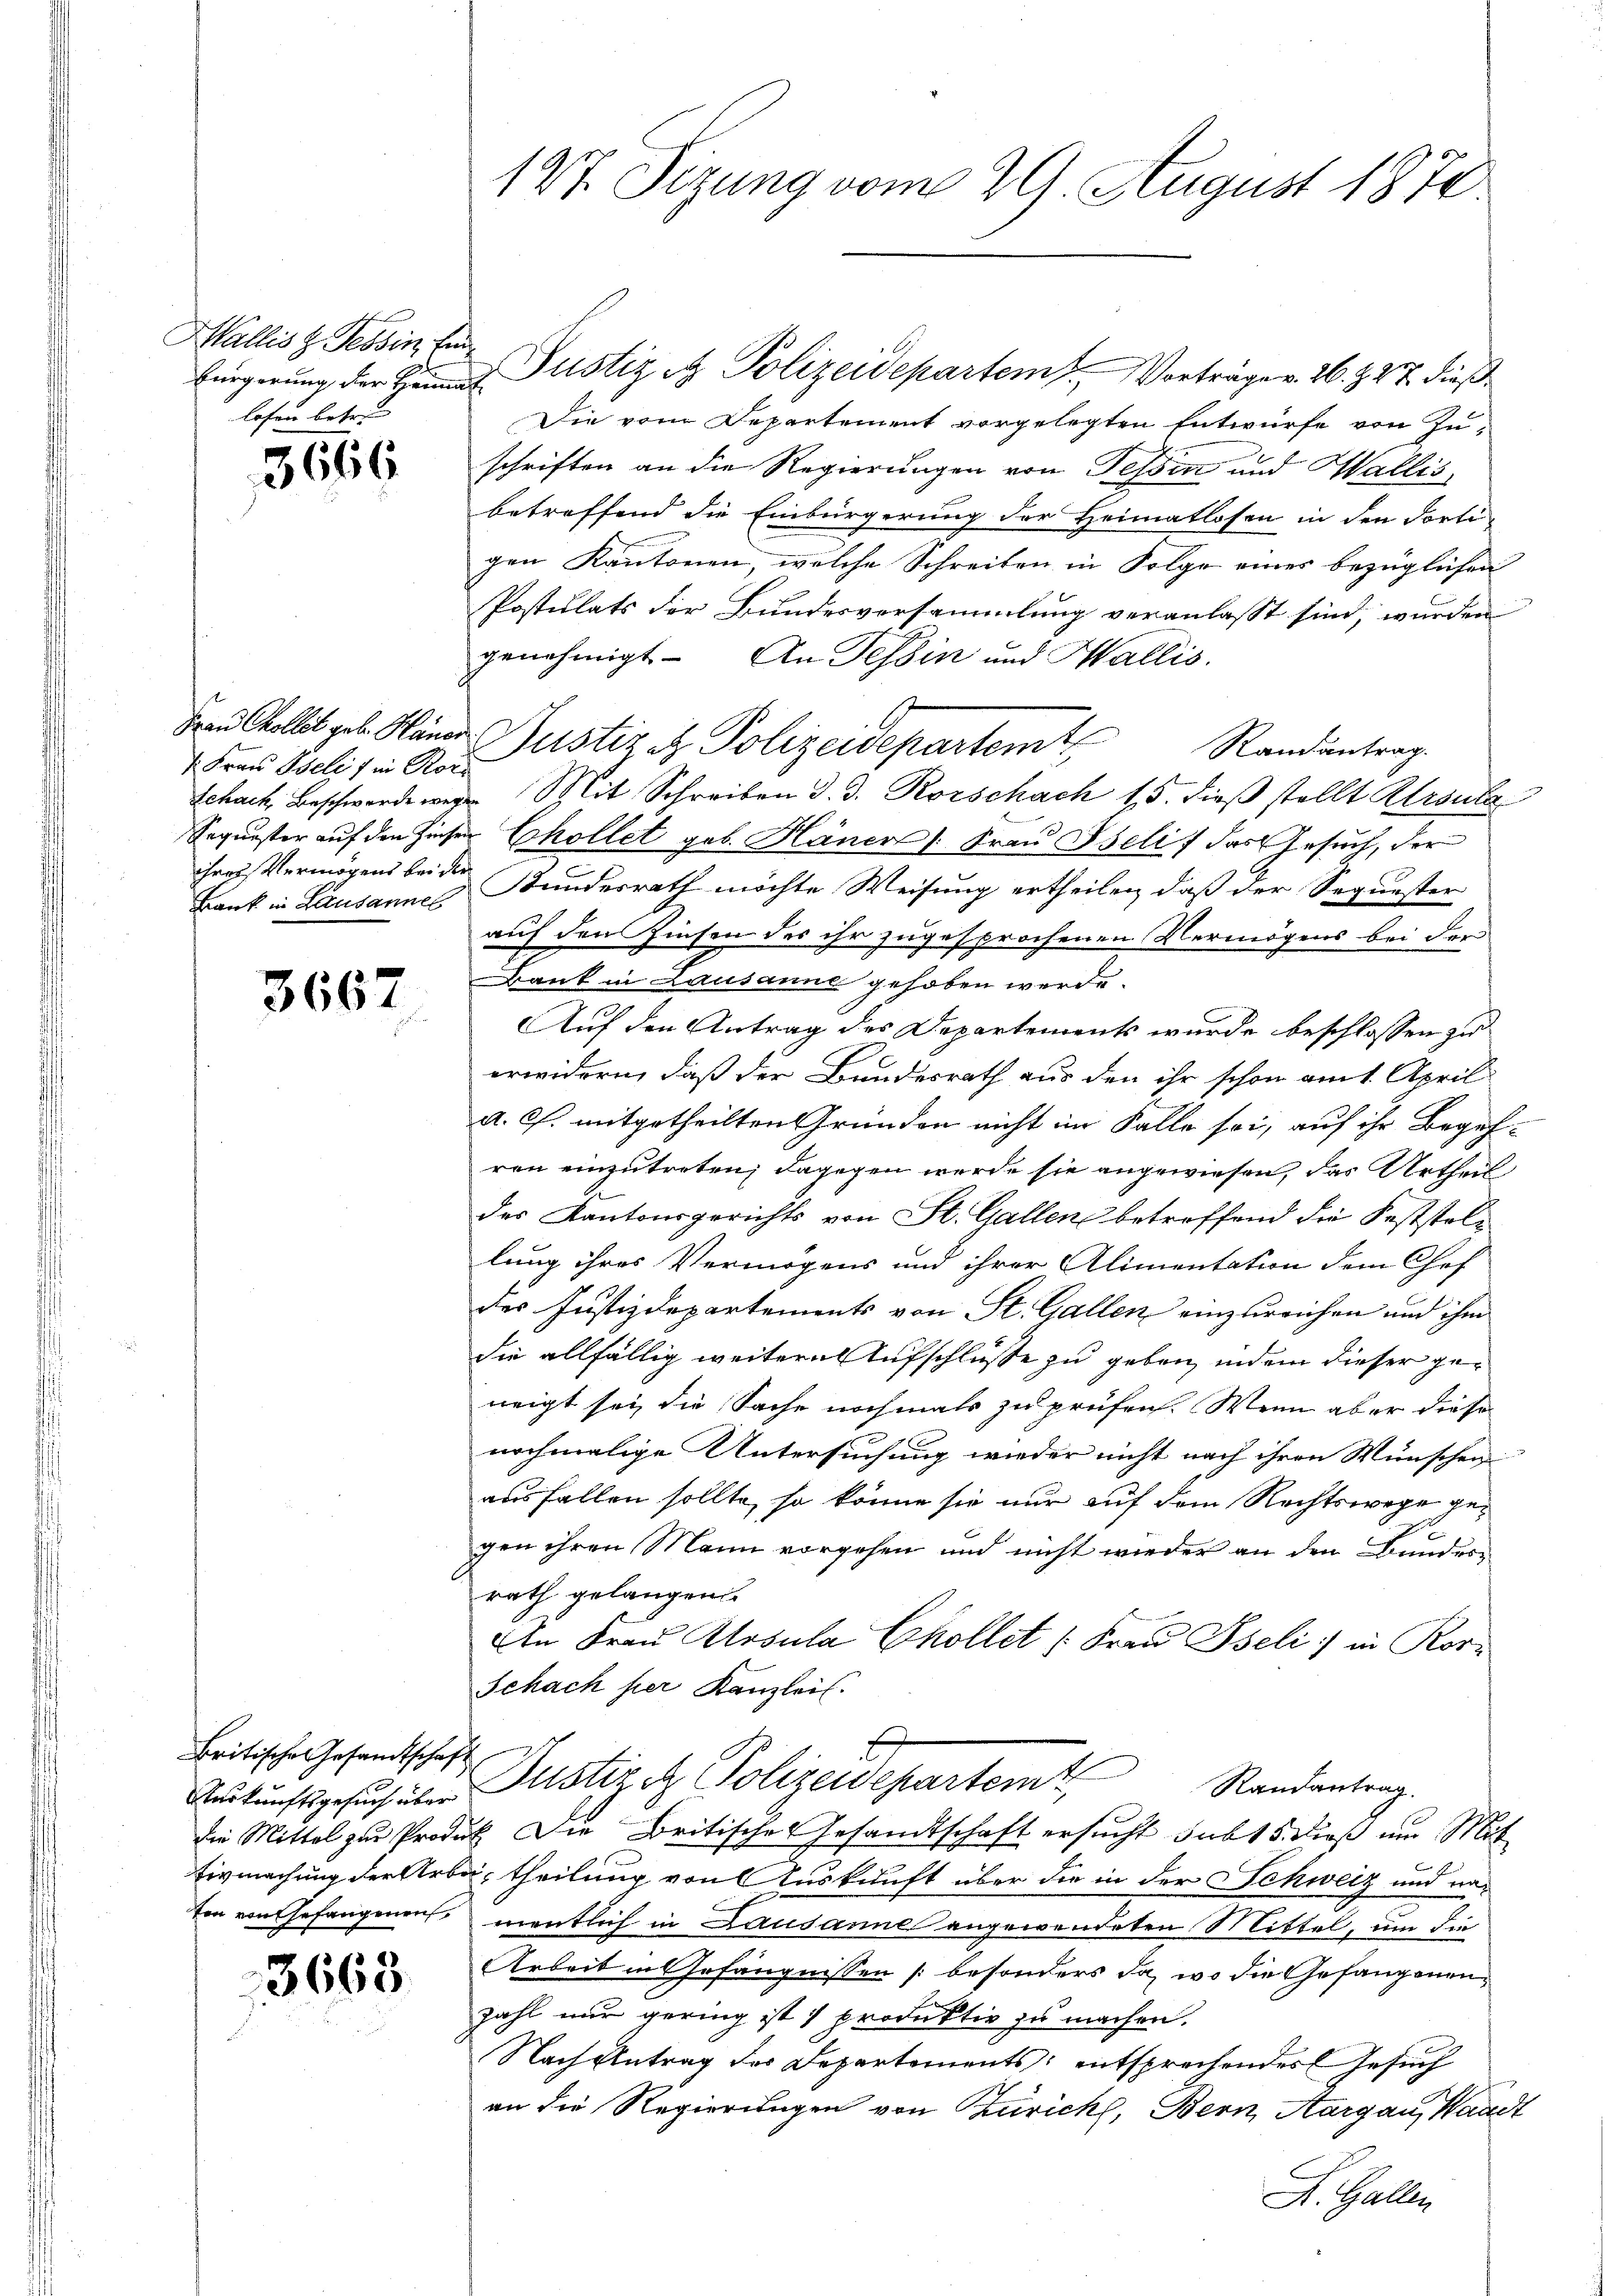
Wallis z. Tessin, Ein
losen betre

3666

1. Frau Iselis in Rorihres Vermögens bei der
Bank in Lausannes

3667

Britische Gesandtschaft
ton von Gefangenen

3663.

127. Sizung vom 29. August 1874.

bürgerung der Herrn Justiz & Polizeidepartem Vorträger 26. 227. dieß¬
Die vom Departement vorgelegten Entwurfe von Zu-
schriften an die Regierungen von Tessin und Wallis,
betreffend die Einbürgerung der Heimatlosen in den Forti-
gen Kantonen, welche Schreiben in Folge eines bezüglichen
Postulats der Bundesversammlung veranlasst sind, wurden
genehmigt. An Tessin und Wallis.
Schach Beschwerde wegen Mit Schreiben d. 3. Rorschach 15. dieβ stellt Ursula
Sequester auf den Zinser Chollet geb. Häner Frau Iseli, das Gesuch, der
Bundesrath möchte Weisung ertheilen, daß der Sequester
auf den Zinsen des ihr zugesprochenen Vermögens bei der
Bank in Lausanne gehoben werde.
uf den Antrag des Departements wurde beschlossen zu
erwidern, daß der Bundesrath aus den ihr schon am 1. April
a. c. mitgetheilten Gründen nicht im Falle sei, auf ihr Begehren einzutreten; dagegen werde sie angewiesen, das Urtheil
der Kantonsgerichts von St. Gallen betreffend die Feststoli
lung ihres Vermögens und ihrer Alimentation dem Chef
des Justizdepartements von St. Gallen einzureichen und ihm
die allfällig weitere Aufschlüsse zu geben, indem dieser geneigt sei, die Sache nochmals zu prüfen. Wenn aber diese
nochmalige Untersuchung wieder nicht nach ihren Wünschen
ausfallen sollte, so könne sie nur auf dem Rechtswege gegen ihren Mann vorgehen und nicht wieder an den Bundesrath gelangen.
An Frau Ursula Chollet /: Frau Iseli in Ror¬
Schach per Kanzlei.
Auskunftsgesŭch über Justizit Polizeidepartem Randantrag.
die Mittel zur Produk Die Britische Gesandtschaft ersucht sub 15. dieß um Mit¬
Eigmachung der Arbei, theilung von Auskunft über die in der Schweiz und namentlich in Lausanne angewendeten Mittel, um die
Arbeit in Gefängnissen besonders da, wo die Gefangenenzahl nur gering ist 1 produktiv zu machen.
Nach Antrag des Departements entsprechendes Gesuch
an die Regierungen von Zürich, Bern, Aargau, Waadt
R. Gallen

Frau Kollet geb. Häner Justiz & Polizeidepartemt Randantrag.